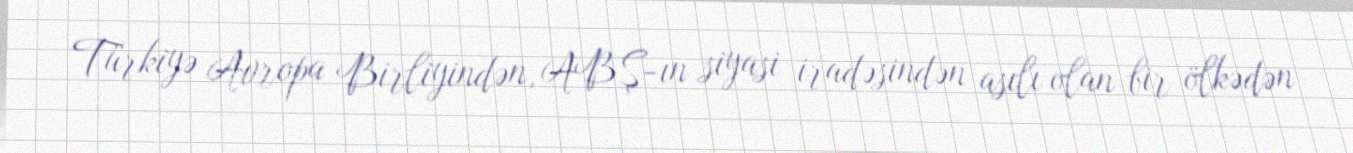
Türkiyə Avropa Birliyindən, ABŞ-ın siyasi iradəsindən asılı olan bir ölkədən